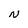
Character: N